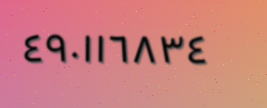
٤٩٠١١٦٨٣٤